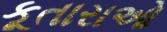
કૂતારાઓ